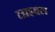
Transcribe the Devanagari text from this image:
लाइबल